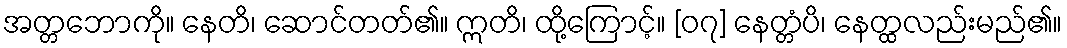
အတ္တဘောကို။ နေတိ၊ ဆောင်တတ်၏။ ဣတိ၊ ထို့ကြောင့်။ [၀၇] နေတ္တံပိ၊ နေတ္ထလည်းမည်၏။